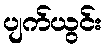
ပျက်ယွင်း